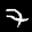
Label: 7